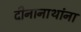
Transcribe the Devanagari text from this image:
दीनानाथांना